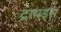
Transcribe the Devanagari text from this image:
ट्रायड्स